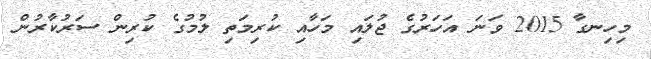
މިހިނގާ 2015 ވަނަ އަހަރުގެ ޖުލައި މަހާއި ކުރިމަތި ލުމުގެ ކުރިން ސަރުކާރުން